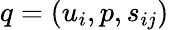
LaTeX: q=(u_{i},p,s_{ij})